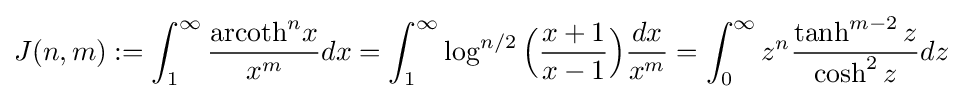
J(n,m):=\int _{1}^{\infty }{\dfrac {{\text{arcoth}}^{n}x}{x^{m}}}dx=\int _{1}^{\infty }\log ^{n/2}{\Bigl (}{\dfrac {x+1}{x-1}}{\Bigr )}{\dfrac {dx}{x^{m}}}=\int _{0}^{\infty }z^{n}{\dfrac {\tanh ^{m-2}z}{\cosh ^{2}z}}dz